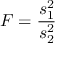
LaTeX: F = { \frac { s _ { 1 } ^ { 2 } } { s _ { 2 } ^ { 2 } } }